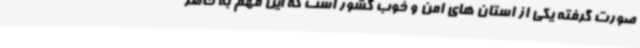
صورت گرفته یکی از استان های امن و خوب کشور است که این مهم به خاطر